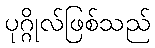
ပုဂ္ဂိုလ်ဖြစ်သည်